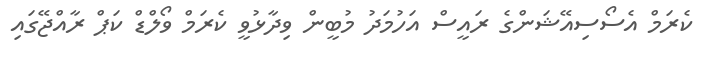
ކެރަމް އެސޯސިއޭޝަންގެ ރައީސް އަހުމަދު މުބީން ވިދާޅުވީ ކެރަމް ވޯލްޑް ކަޕް ރާއްޖޭގައި